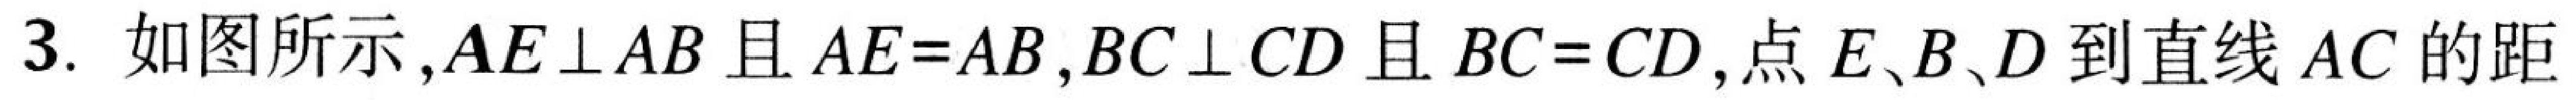
3. 如图所示,\(AE\perp AB\)且\(AE = AB\),\(BC\perp CD\)且\(BC = CD\),点\(E、B、D\)到直线\(AC\)的距